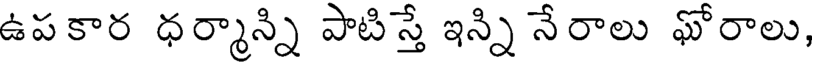
ఉపకార ధర్మాన్ని పాటిస్తే ఇన్ని నేరాలు ఘోరాలు,